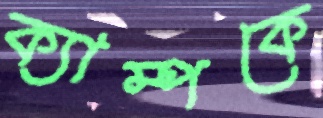
ক্যাম্পকে